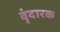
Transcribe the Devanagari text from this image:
वृंदारक